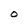
Character: O